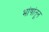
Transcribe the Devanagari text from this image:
भांषांतून